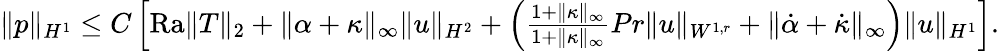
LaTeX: \begin{array}{r}{\| p\| _{H^{1}}\leq C\left[\mathrm{{Ra}}\| T\| _{2}+\| \alpha+\kappa\| _{\infty}\| u\| _{H^{2}}+\left(\frac{1+\| \kappa\| _{\infty}}{1+\| \kappa\| _{\infty}}{{Pr}}\| u\| _{W^{1,r}}+\| \dot{\alpha}+\dot{\kappa}\| _{\infty}\right)\| u\| _{H^{1}}\right].}\end{array}